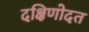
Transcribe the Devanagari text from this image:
दक्षिणोदत